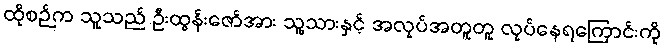
ထိုစဉ်က သူသည် ဦးထွန်းဇော်အား သူ့သားနှင့် အလုပ်အတူတူ လုပ်နေရကြောင်းကို